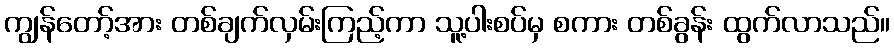
ကျွန်တော့်အား တစ်ချက်လှမ်းကြည့်ကာ သူ့ပါးစပ်မှ စကား တစ်ခွန်း ထွက်လာသည်။